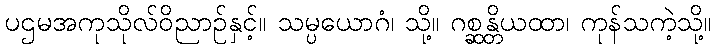
ပဌမအကုသိုလ်ဝိညာဉ်နှင့်။ သမ္ပယောဂံ၊ သို့။ ဂစ္ဆန္တိယထာ၊ ကုန်သကဲ့သို့။